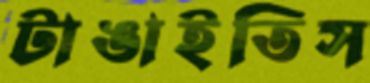
টাঙাইতিস